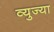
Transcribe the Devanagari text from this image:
व्युज्या